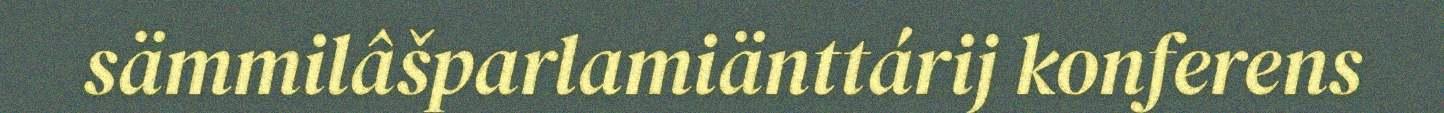
sämmilâšparlamiänttárij konferens